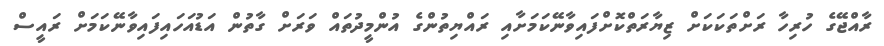
ރާއްޖޭގެ ހުރިހާ ރަށްތަކަކަށް ޒިޔާރަތްކޮށްފައިވާނޭކަމަށާއި ރައްޔިތުންގެ އުންމީދުތައް ވަރަށް ގާތުން އަޑުއަހައިފައިވާނޭކަމަށް ރައީސް